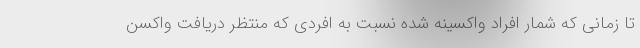
تا زمانی که شمار افراد واکسینه شده نسبت به افردی که منتظر دریافت واکسن